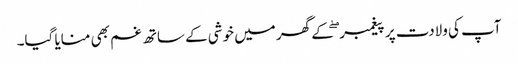
آپ کی ولادت پر پیغمبر ۖ کے گھر میں خوشی کے ساتھ غم بھی منایا گیا۔